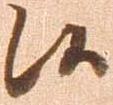
候